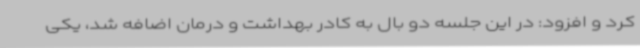
کرد و افزود: در این جلسه دو بال به کادر بهداشت و درمان اضافه شد، یکی